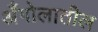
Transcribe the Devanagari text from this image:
अँगोलातील